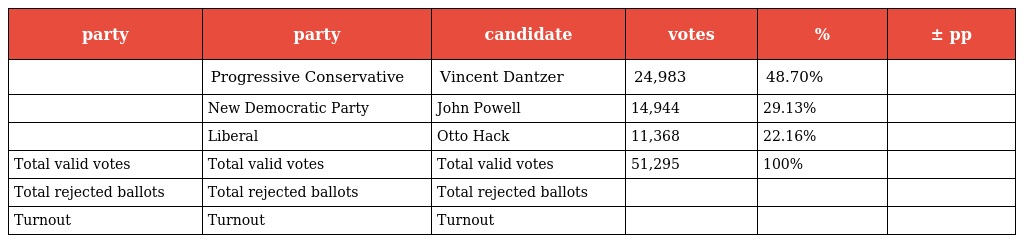
| party | party | candidate | votes | % | ± pp |
 | --- | --- | --- | --- | --- | --- |
 |  | Progressive Conservative | Vincent Dantzer | 24,983 | 48.70% |  |
 |  | New Democratic Party | John Powell | 14,944 | 29.13% |  |
 |  | Liberal | Otto Hack | 11,368 | 22.16% |  |
 | Total valid votes | Total valid votes | Total valid votes | 51,295 | 100% |  |
 | Total rejected ballots | Total rejected ballots | Total rejected ballots |  |  |  |
 | Turnout | Turnout | Turnout |  |  |  |